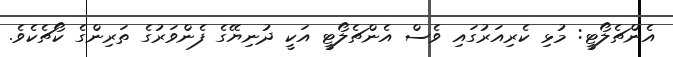
އެންޗެލޯޓީ: މުޅި ކެރިއަރުގައި ވެސް އެންޗެލޯޓީ އަކީ ދުނިޔޭގެ ފެންވަރުގެ ތަރިންގެ ކޯޗެކެވެ.